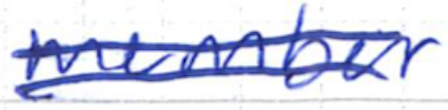
Text: member
Cross-out: mix
Writing tool: ballpoint